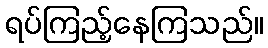
ရပ်ကြည့်နေကြသည်။